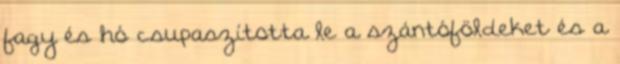
fagy és hó csupaszította le a szántóföldeket és a